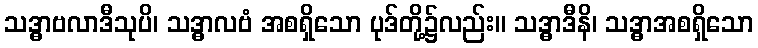
သဒ္ဓာဗလာဒီသုပိ၊ သဒ္ဓာလဗံ အစရှိသော ပုဒ်တို့၌လည်း။ သဒ္ဓာဒီနိ၊ သဒ္ဓာအစရှိသော